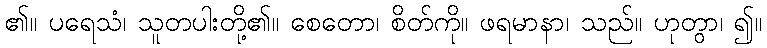
၏။ ပရေသံ၊ သူတပါးတို့၏။ စေတော၊ စိတ်ကို။ ဖရမာနာ၊ သည်။ ဟုတွာ၊ ၍။